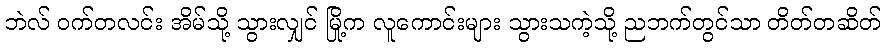
ဘဲလ် ဝက်တလင်း အိမ်သို့ သွားလျှင် မြို့က လူကောင်းများ သွားသကဲ့သို့ ညဘက်တွင်သာ တိတ်တဆိတ်